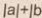
\vert a \vert + \vert b